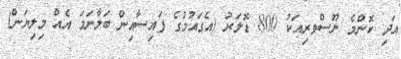
އަދި ކޮންމެ ނޫސްވރިއަކު 800 ޑޮލަރު (އެގައުމުގެ ފައިސާއިން ބަލާނަމަ އެއް މިލިޔަން)